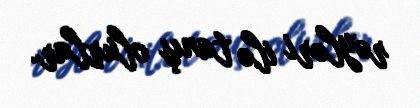
rəyləri ilə tanış olurlar.